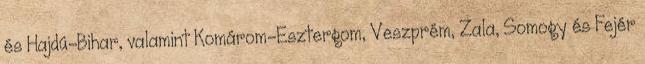
és Hajdú-Bihar, valamint Komárom-Esztergom, Veszprém, Zala, Somogy és Fejér